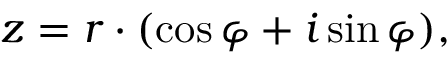
z = r \cdot ( \cos \varphi + i \sin \varphi ) ,